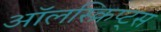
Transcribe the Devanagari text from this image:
ऑलस्क्रिप्ट्स